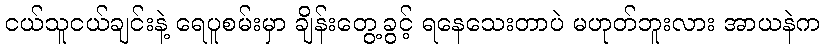
ငယ်သူငယ်ချင်းနဲ့ ရေပူစမ်းမှာ ချိန်းတွေ့ခွင့် ရနေသေးတာပဲ မဟုတ်ဘူးလား အာယနဲက